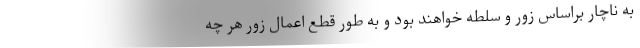
به ناچار براساس زور و سلطه خواهند بود و به طور قطع اعمال زور هر چه